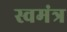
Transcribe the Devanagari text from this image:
स्वमंत्र